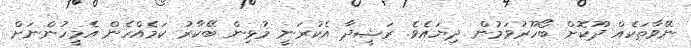
ނޭވާތަކެއް ދޫކޮށް ބޯހޫރުވަމުން ދިޔައެވެ. ރަޝީދާ އެކުރަނީ މުޅިން ބޭކާރު ކަމެއްހެން އެމީހުންނަށް